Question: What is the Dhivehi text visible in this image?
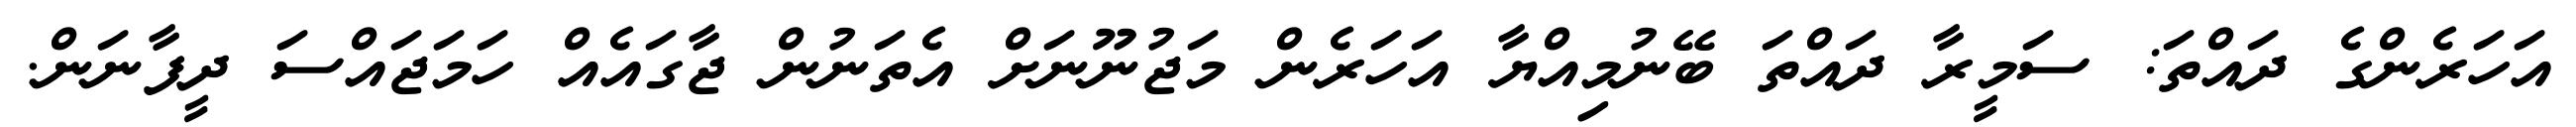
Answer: އަހަރެންގެ ދައްތަ: ސަމީރާ ދައްތަ ބޭނުމިއްޔާ އަހަރެން މަޖުނޫނަށް އެތަނުން ޖާގައެއް ހަމަޖައްސަ ދީފާނަން.